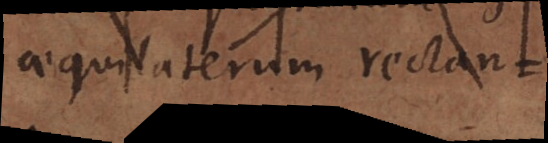
quadrilaterum rectan